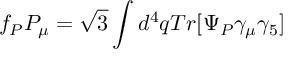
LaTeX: f _ { P } P _ { \mu } = \sqrt { 3 } \int d ^ { 4 } q T r [ \Psi _ { P } \gamma _ { \mu } \gamma _ { 5 } ]